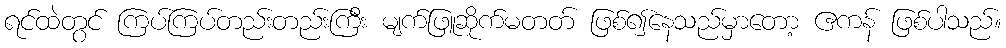
ရင်ထဲတွင် ကြပ်ကြပ်တည်းတည်းကြီး မျက်ဖြူဆိုက်မတတ် ဖြစ်၍နေသည်မှာတော့ ဧကန် ဖြစ်ပါသည်။